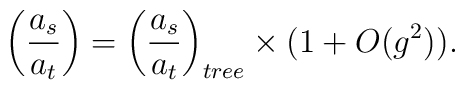
\biggl({{a_s}\over{a_t}}\biggr)=\biggl({{a_s}\over{a_t}}\biggr)_{tree}\times (1 + O(g^2)).